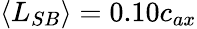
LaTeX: \langle L_{SB}\rangle=0.10c_{ax}